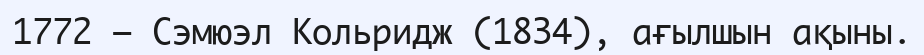
1772 — Сэмюэл Кольридж (1834), ағылшын ақыны.